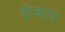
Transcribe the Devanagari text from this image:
ईन्कार